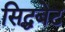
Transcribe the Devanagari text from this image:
सिद्धबेट